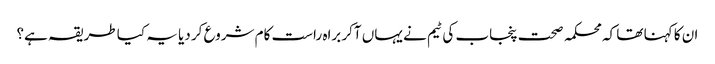
ان کا کہنا تھا کہ محکمہ صحت پنجاب کی ٹیم نے یہاں آکر براہ راست کام شروع کر دیا یہ کیا طریقہ ہے؟